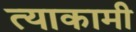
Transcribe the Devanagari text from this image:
त्याकामी